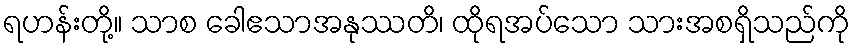
ရဟန်းတို့။ သာစ ခေါဧသာအနုဿတိ၊ ထိုရအပ်သော သားအစရှိသည်ကို